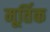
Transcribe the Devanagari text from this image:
मूर्तिक